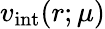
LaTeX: v_{\mathrm{int}}(r;\mu)